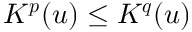
K ^ { \boldsymbol { p } } ( u ) \le K ^ { \boldsymbol { q } } ( u )